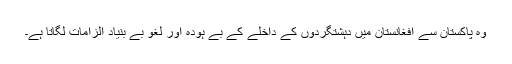
وہ پاکستان سے افغانستان میں دہشتگردوں کے داخلے کے بے ہودہ اور لغو بے بنیاد الزامات لگاتا ہے۔